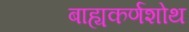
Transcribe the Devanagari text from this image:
बाह्यकर्णशोथ